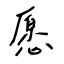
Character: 愿